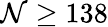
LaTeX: \mathcal{N}\ge138